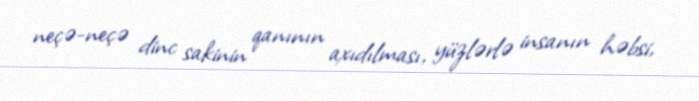
neçə-neçə dinc sakinin qanının axıdılması, yüzlərlə insanın həbsi,